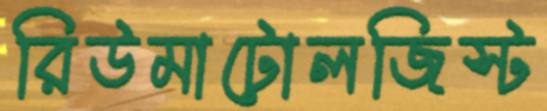
রিউমাটোলজিস্ট